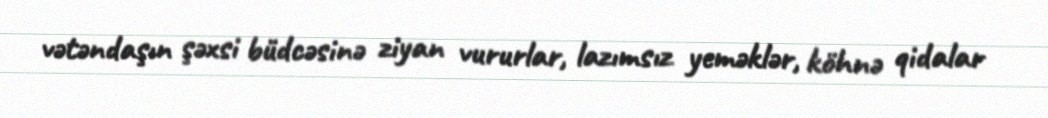
vətəndaşın şəxsi büdcəsinə ziyan vururlar, lazımsız yeməklər, köhnə qidalar